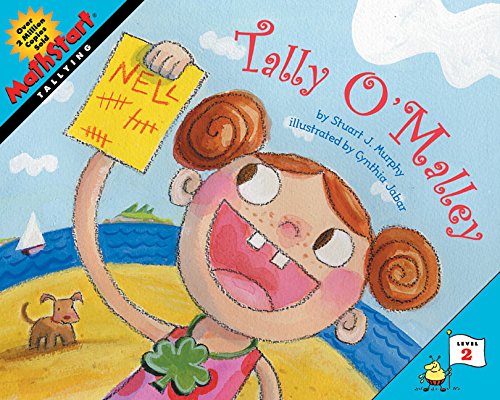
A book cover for Tally O'Malley (MathStart 2); Stuart J. Murphy; Children's Books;